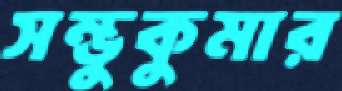
সম্ভুকুমার